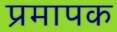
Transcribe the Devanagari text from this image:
प्रमापक